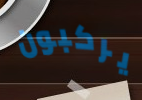
يركبون